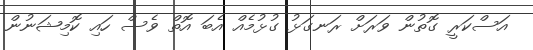
އަސްކަރީ ގޮތުން ވަރަށް ރަނގަޅު ގުޅުމެއް އެބަ އޮތް ވެސް ހައި ކޮމިޝަނުން